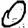
Digit: 0